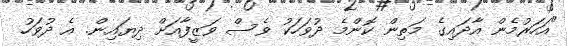
"އަހަރުމެން އާދައިގެ މަތިން ކޮންމެ ދުވަހަކު ވެސް ވަޒީފާއަށް ދިޔައިން. އެ ދުވަހު